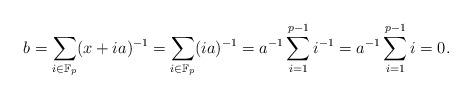
LaTeX: \begin{align*}b = \sum_{i \in \mathbb{F}_{p}}(x+ia)^{-1} = \sum_{i \in \mathbb{F}_{p}}(ia)^{-1} = a^{-1}\sum_{i=1}^{p-1} i^{-1} = a^{-1}\sum_{i = 1}^{p-1}i = 0. \end{align*}